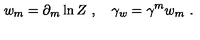
w _ { m } = \partial _ { m } \ln Z \ , \quad \gamma _ { w } = \gamma ^ { m } w _ { m } \ .